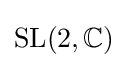
{\text{SL}}(2,\mathbb {C} )